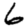
Digit: 6